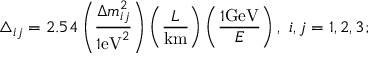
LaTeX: \triangle _ { i j } = 2 . 5 4 \left( \frac { \Delta m _ { i j } ^ { 2 } } { 1 \mathrm { e V } ^ { 2 } } \right) \left( \frac { L } { \mathrm { k m } } \right) \left( \frac { 1 \mathrm { G e V } } { E } \right) , ~ i , j = 1 , 2 , 3 ;